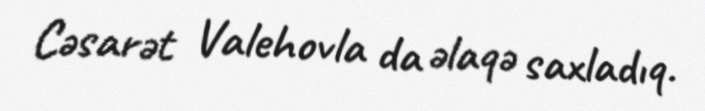
Cəsarət Valehovla da əlaqə saxladıq.